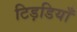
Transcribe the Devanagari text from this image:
टिड़डियाँ